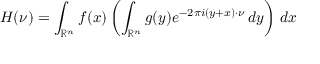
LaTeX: H ( \nu ) = \int _ { \mathbb { R } ^ { n } } f ( x ) \left( \int _ { \mathbb { R } ^ { n } } g ( y ) e ^ { - 2 \pi i ( y + x ) \cdot \nu } \, d y \right) \, d x